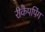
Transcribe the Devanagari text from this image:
रीकैपपिंग